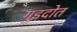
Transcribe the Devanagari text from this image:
गुइदोत